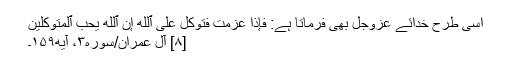
اسی طرح خدائے عزوجل بھی فرماتا ہے: فَإِذَا عَزَمۡتَ فَتَوَكَّلۡ عَلَى ٱللَّهِۚ إِنَّ ٱللَّهَ يُحِبُّ ٱلۡمُتَوَكِّلِينَ
[۸] آل عمران/سوره۳، آیه۱۵۹۔